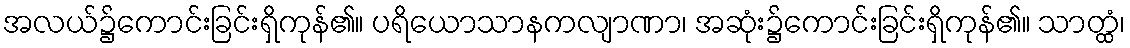
အလယ်၌ကောင်းခြင်းရှိကုန်၏။ ပရိယောသာနကလျာဏာ၊ အဆုံး၌ကောင်းခြင်းရှိကုန်၏။ သာတ္ထံ၊